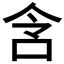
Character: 𫩧